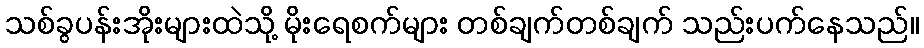
သစ်ခွပန်းအိုးများထဲသို့ မိုးရေစက်များ တစ်ချက်တစ်ချက် သည်းပက်နေသည်။